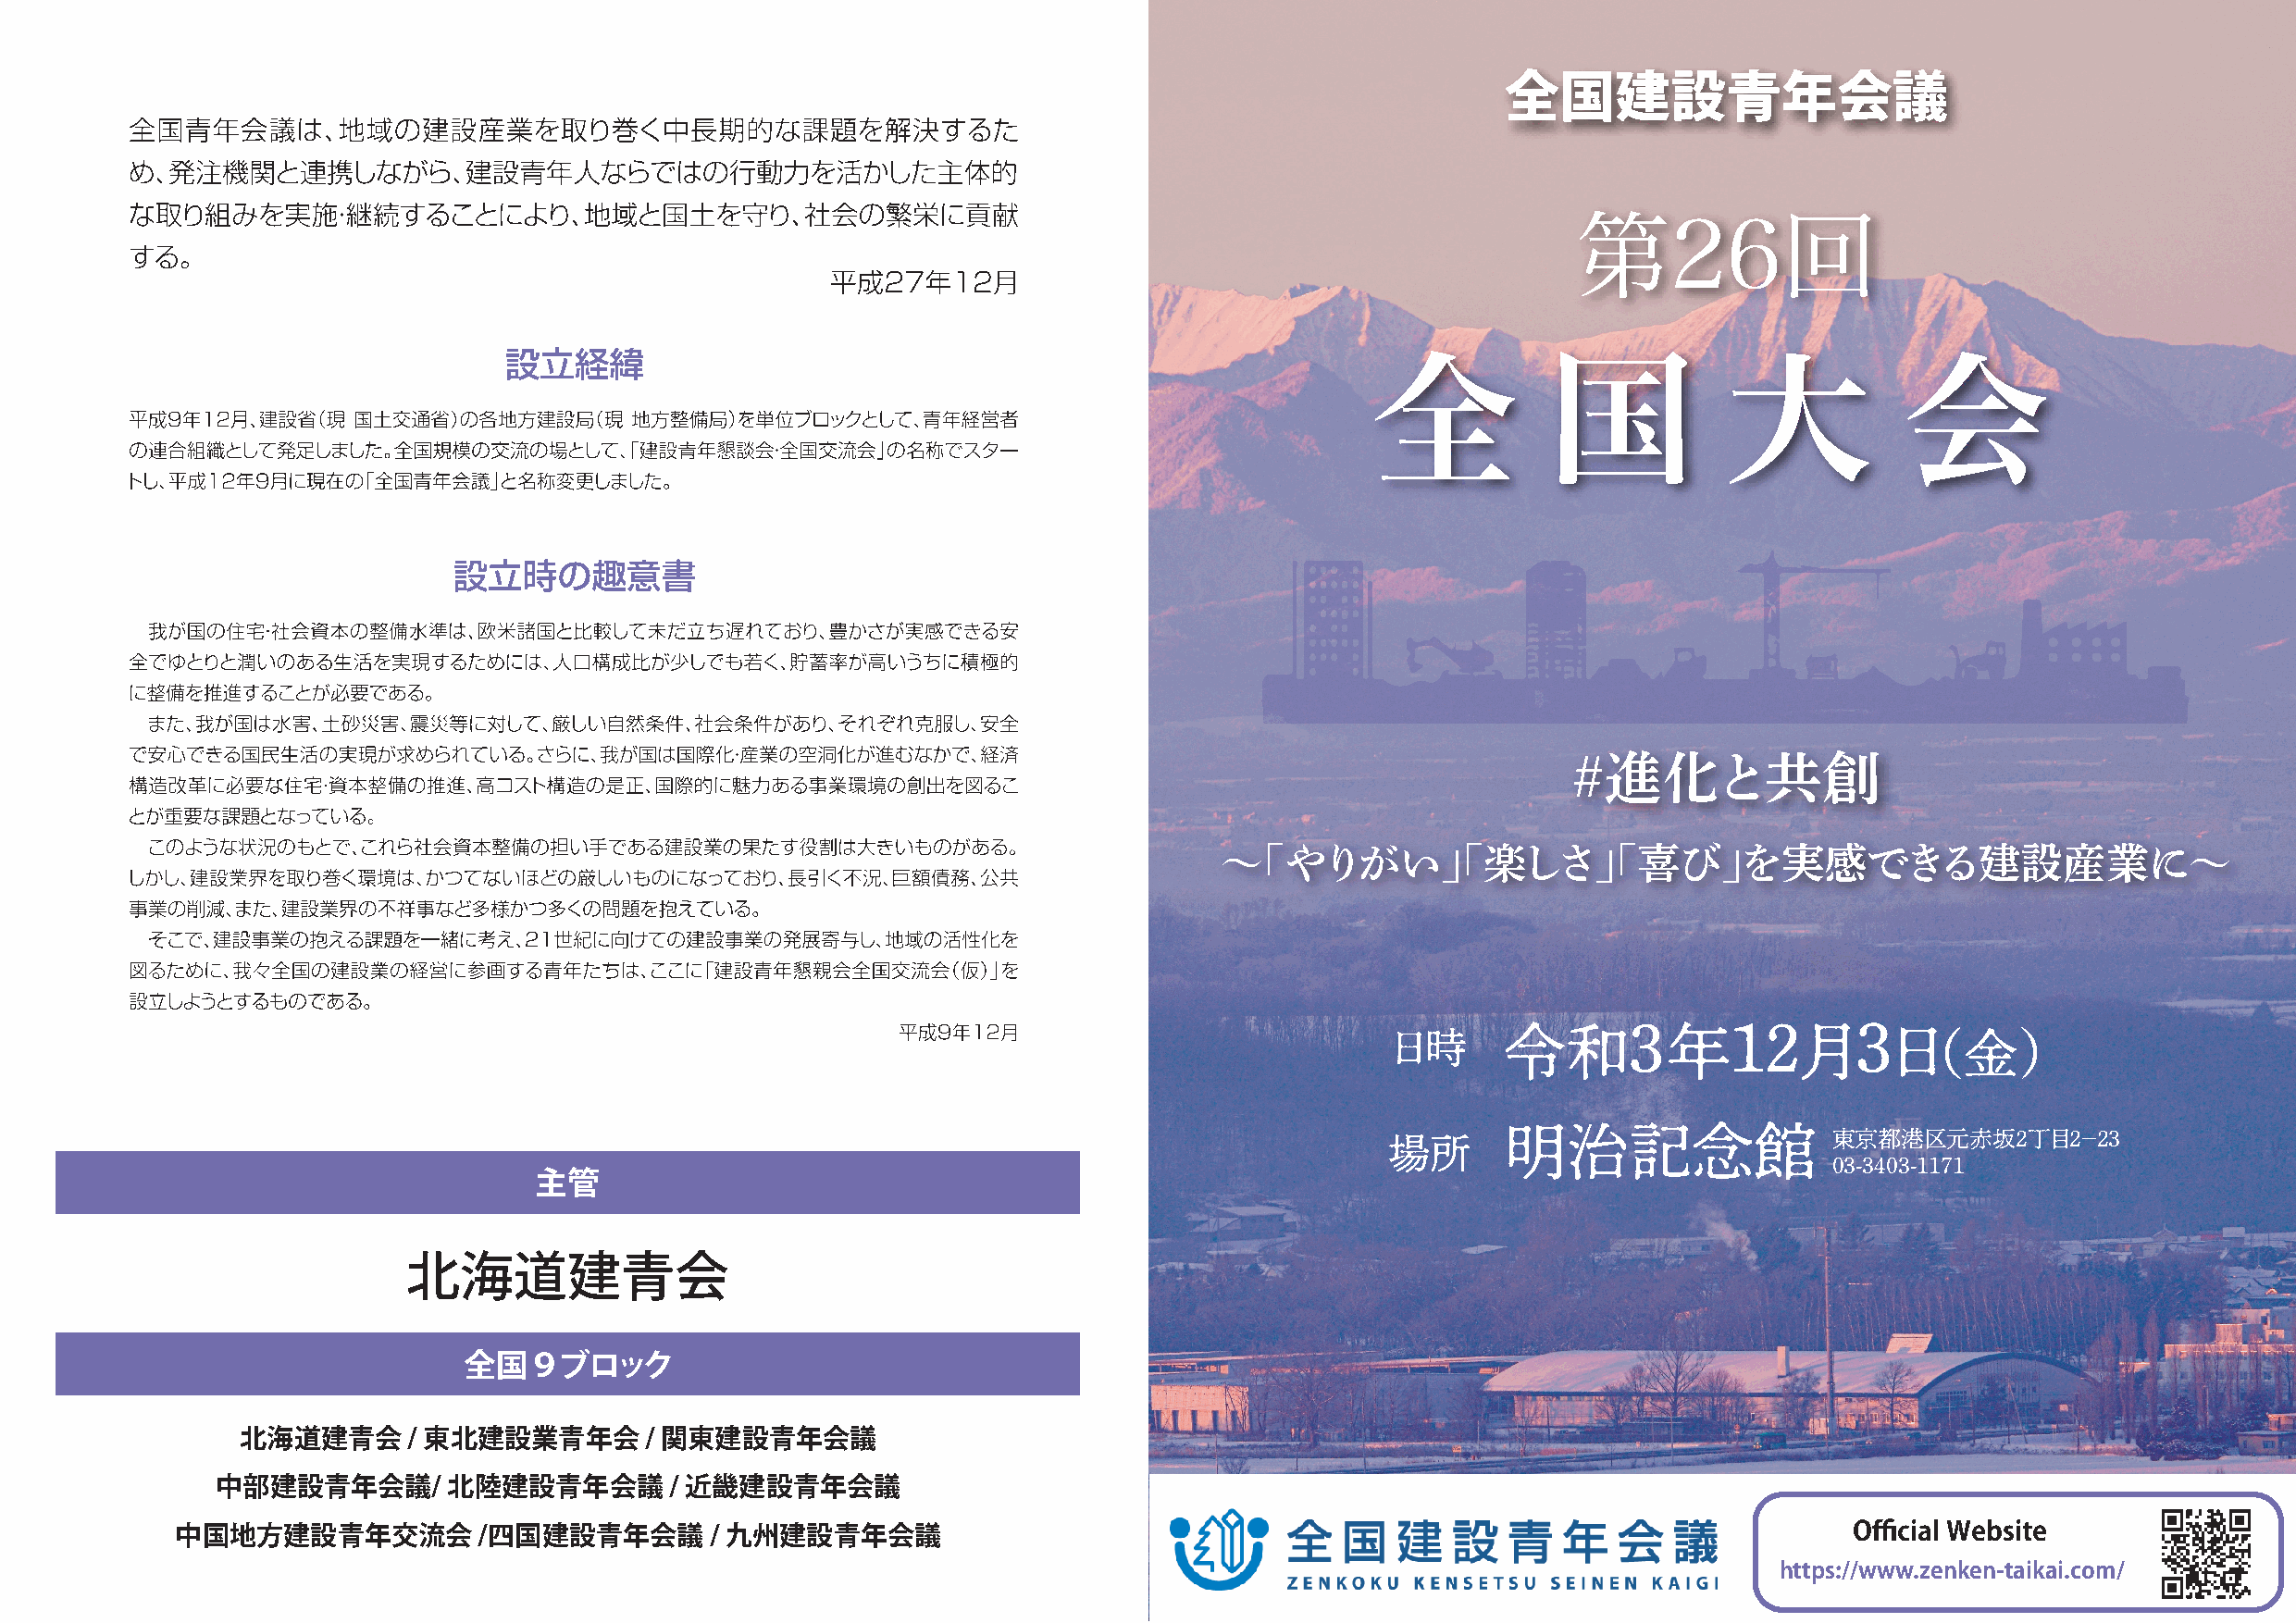
全国建設青年会議
 第26回
 全            国           大            会
 ＃進化と共創
 〜「やりがい」「楽しさ」「喜び」を実感できる建設産業に〜
 日時
 令和3年12月3
 日（金）
 明治記念館                  東京都港区元赤坂２丁目２−２３
 場所
 03-3403-1171
 主管
 北海道建青会
 全国９ブロック
 北海道建青会      / 東北建設業青年会       / 関東建設青年会議
 中部建設青年会議/        北陸建設青年会議        / 近畿建設青年会議
 中国地方建設青年交流会          /四国建設青年会議        / 九州建設青年会議                                                                       Official Website
 https://www.zenken-taikai.com/